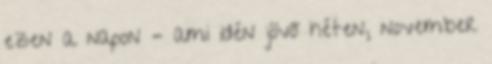
ezen a napon – ami idén jövő héten, november